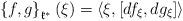
LaTeX: \begin{align*} \left\{ f,g\right\}_{\mathfrak{k}^*}(\xi) = \langle \xi, [df_{\xi},dg_{\xi}]\rangle\end{align*}